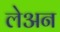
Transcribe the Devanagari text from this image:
लेअन